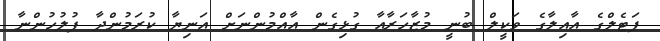
ޕަޓެލްގެ އާއިލާގެ ވަކީލް ބުނީ މުޒާހަރާއާ ގުޅިގެން އާއްމުންނަށް އަނިޔާ ކުރަމުންދާ ފުލުހުންނާ